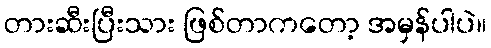
တားဆီးပြီးသား ဖြစ်တာကတော့ အမှန်ပါပဲ။